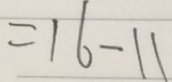
= 1 6 - 1 1